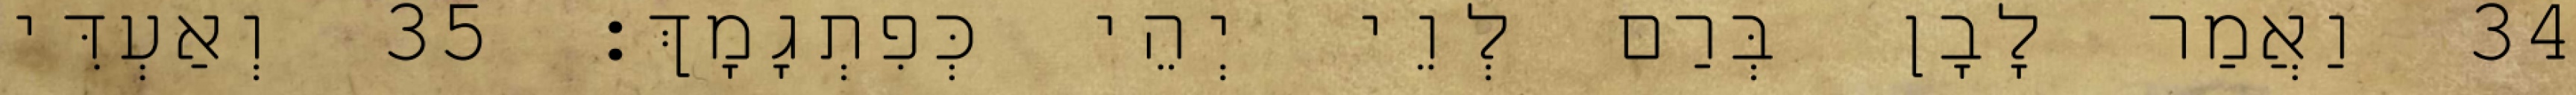
34 וַאֲמַר לָבָן בְּרַם לְוֵי יְהֵי כְּפִתְגָמָךְ׃ 35 וְאַעְדִּי